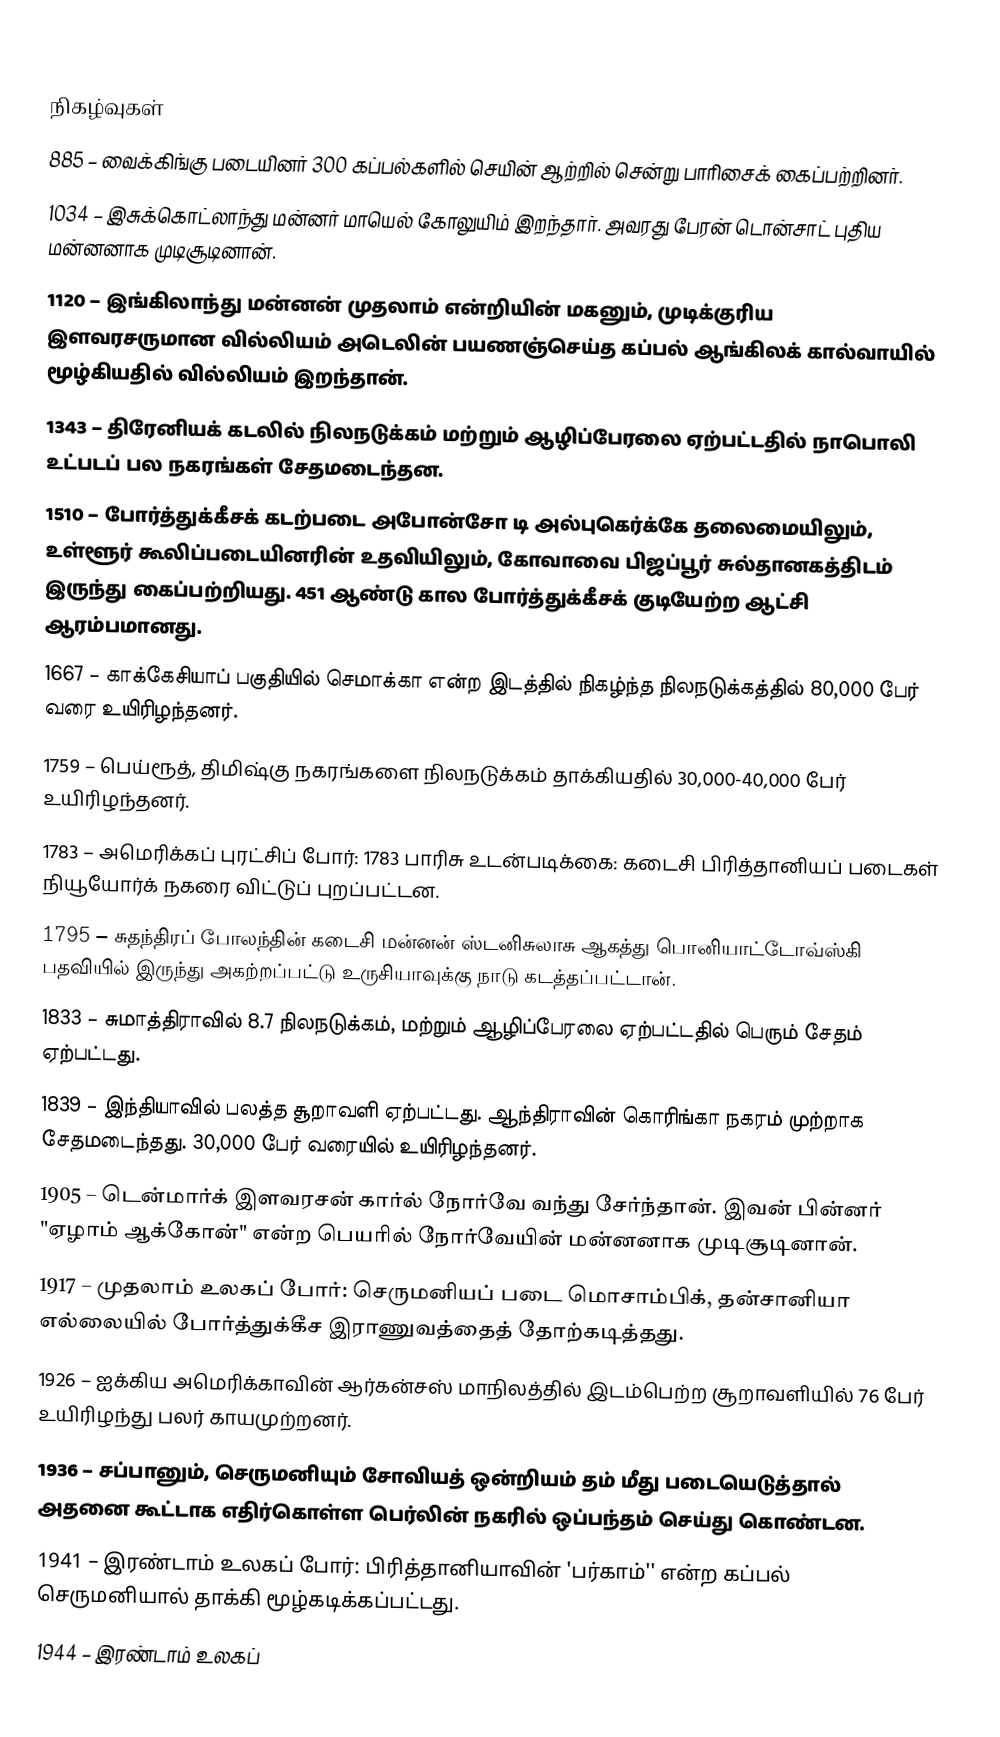

நிகழ்வுகள்
 885 – வைக்கிங்கு படையினர் 300 கப்பல்களில் செயின் ஆற்றில் சென்று பாரிசைக் கைப்பற்றினர்.
1034 – இசுக்கொட்லாந்து மன்னர் மாயெல் கோலுயிம் இறந்தார். அவரது பேரன் டொன்சாட் புதிய மன்னனாக முடிசூடினான்.
1120 – இங்கிலாந்து மன்னன் முதலாம் என்றியின் மகனும், முடிக்குரிய இளவரசருமான வில்லியம் அடெலின் பயணஞ்செய்த கப்பல் ஆங்கிலக் கால்வாயில் மூழ்கியதில் வில்லியம் இறந்தான்.
1343 – திரேனியக் கடலில் நிலநடுக்கம் மற்றும் ஆழிப்பேரலை ஏற்பட்டதில் நாபொலி உட்படப் பல நகரங்கள் சேதமடைந்தன.
1510 – போர்த்துக்கீசக் கடற்படை அபோன்சோ டி அல்புகெர்க்கே தலைமையிலும், உள்ளூர் கூலிப்படையினரின் உதவியிலும், கோவாவை பிஜப்பூர் சுல்தானகத்திடம் இருந்து கைப்பற்றியது. 451 ஆண்டு கால போர்த்துக்கீசக் குடியேற்ற ஆட்சி ஆரம்பமானது.
1667 – காக்கேசியாப் பகுதியில் செமாக்கா என்ற இடத்தில் நிகழ்ந்த நிலநடுக்கத்தில் 80,000 பேர் வரை உயிரிழந்தனர்.
1759 – பெய்ரூத், திமிஷ்கு நகரங்களை நிலநடுக்கம் தாக்கியதில் 30,000-40,000 பேர் உயிரிழந்தனர்.
1783 – அமெரிக்கப் புரட்சிப் போர்: 1783 பாரிசு உடன்படிக்கை: கடைசி பிரித்தானியப் படைகள் நியூயோர்க் நகரை விட்டுப் புறப்பட்டன.
1795 – சுதந்திரப் போலந்தின் கடைசி மன்னன் ஸ்டனிசுலாசு ஆகத்து பொனியாட்டோவ்ஸ்கி பதவியில் இருந்து அகற்றப்பட்டு உருசியாவுக்கு நாடு கடத்தப்பட்டான்.
1833 – சுமாத்திராவில் 8.7 நிலநடுக்கம், மற்றும் ஆழிப்பேரலை ஏற்பட்டதில் பெரும் சேதம் ஏற்பட்டது.
1839 – இந்தியாவில் பலத்த சூறாவளி ஏற்பட்டது. ஆந்திராவின் கொரிங்கா நகரம் முற்றாக சேதமடைந்தது. 30,000 பேர் வரையில் உயிரிழந்தனர்.
1905 – டென்மார்க் இளவரசன் கார்ல் நோர்வே வந்து சேர்ந்தான். இவன் பின்னர் "ஏழாம் ஆக்கோன்" என்ற பெயரில் நோர்வேயின் மன்னனாக முடிசூடினான்.
1917 – முதலாம் உலகப் போர்: செருமனியப் படை மொசாம்பிக், தன்சானியா எல்லையில் போர்த்துக்கீச இராணுவத்தைத் தோற்கடித்தது.
1926 – ஐக்கிய அமெரிக்காவின் ஆர்கன்சஸ் மாநிலத்தில் இடம்பெற்ற சூறாவளியில் 76 பேர் உயிரிழந்து பலர் காயமுற்றனர்.
1936 – சப்பானும், செருமனியும் சோவியத் ஒன்றியம் தம் மீது படையெடுத்தால் அதனை கூட்டாக எதிர்கொள்ள பெர்லின் நகரில் ஒப்பந்தம் செய்து கொண்டன.
1941 – இரண்டாம் உலகப் போர்: பிரித்தானியாவின் 'பர்காம்'' என்ற கப்பல் செருமனியால் தாக்கி மூழ்கடிக்கப்பட்டது.
1944 – இரண்டாம் உலகப்